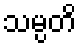
သမ္ပတိ